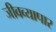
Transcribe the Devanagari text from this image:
जीवव्यापार